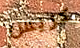
كريس